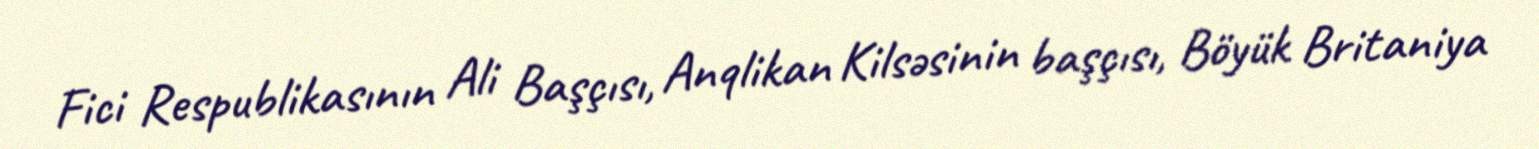
Fici Respublikasının Ali Başçısı, Anqlikan Kilsəsinin başçısı, Böyük Britaniya